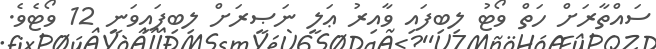
ސައްތާރަށް ހަތް ވޯޓު ލިބިފައި ވާއިރު ޢަލީ ނަޞީރަށް ލިބިފައިވަނީ 12 ވޯޓެވެ.